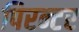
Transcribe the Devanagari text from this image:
पिरन्टर